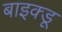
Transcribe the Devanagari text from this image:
बाइक्डू